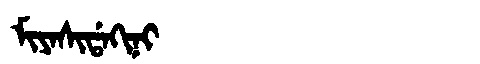
Manchu: ᠮᡳᠶᠠᠰᡳᡩᠠᡴᡳᠨᡳ
Romanization: MIYASIDAKINI